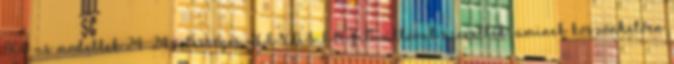
800-as modellek 24 24 sebességes HEXASIHFT váltóval szereltek, aminek köszönhetően